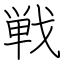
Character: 戦